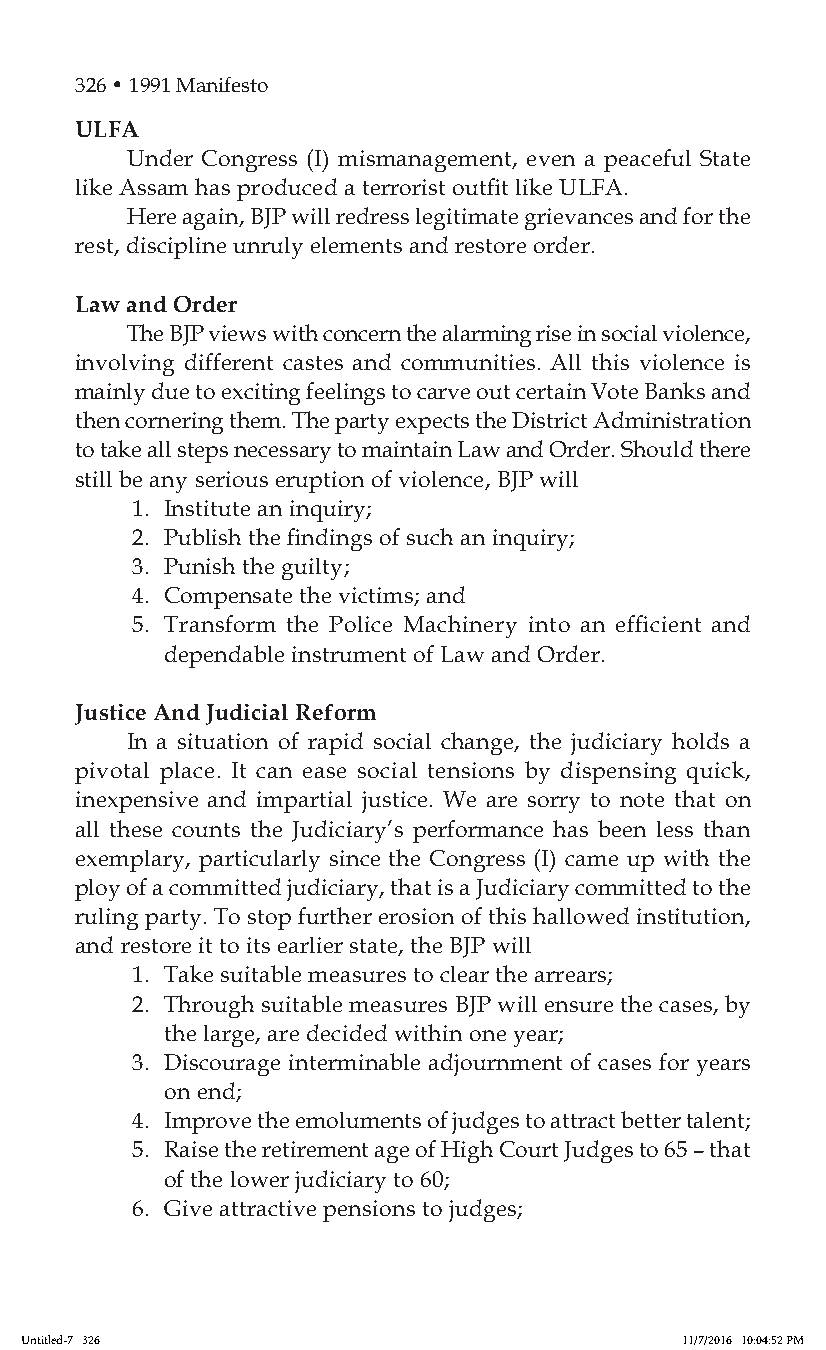
326 • 1991 Manifesto
 ULFA
 Under Congress (I) mismanagement, even a peaceful State
 like Assam has produced a terrorist outfit like ULFA.
 Here again, BJP will redress legitimate grievances and for the
 rest, discipline unruly elements and restore order.
 Law and Order
 The BJP views with concern the alarming rise in social violence,
 involving different castes and communities. All this violence is
 mainly due to exciting feelings to carve out certain Vote Banks and
 then cornering them. The party expects the District Administration
 to take all steps necessary to maintain Law and Order. Should there
 still be any serious eruption of violence, BJP will
 1. Institute an inquiry;
 2. Publish the findings of such an inquiry;
 3. Punish the guilty;
 4. Compensate the victims; and
 5. Transform the Police Machinery into an efficient and
 dependable instrument of Law and Order.
 Justice And Judicial Reform
 In a situation of rapid social change, the judiciary holds a
 pivotal place. It can ease social tensions by dispensing quick,
 inexpensive and impartial justice. We are sorry to note that on
 all these counts the Judiciary’s performance has been less than
 exemplary, particularly since the Congress (I) came up with the
 ploy of a committed judiciary, that is a Judiciary committed to the
 ruling party. To stop further erosion of this hallowed institution,
 and restore it to its earlier state, the BJP will
 1. Take suitable measures to clear the arrears;
 2. Through suitable measures BJP will ensure the cases, by
 the large, are decided within one year;
 3. Discourage interminable adjournment of cases for years
 on end;
 4. Improve the emoluments of judges to attract better talent;
 5. Raise the retirement age of High Court Judges to 65 – that
 of the lower judiciary to 60;
 6. Give attractive pensions to judges;
 Untitled-7 326                              11/7/2016 10:04:52 PM